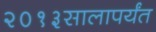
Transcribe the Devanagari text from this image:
२०१३सालापर्यंत